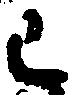
巳